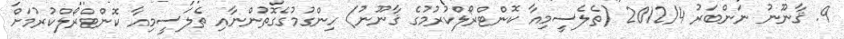
9. ޤާނޫނު ނަންބަރު 2012/4 (ތެލެސީމިއާ ކޮންޓްރޯލްކުރުމުގެ ޤާނޫނު) ހިންގުމުގެގޮތުންނާއި ތެލަސީމިއާ ކޮންޓްރޯލްކުރުމަށް